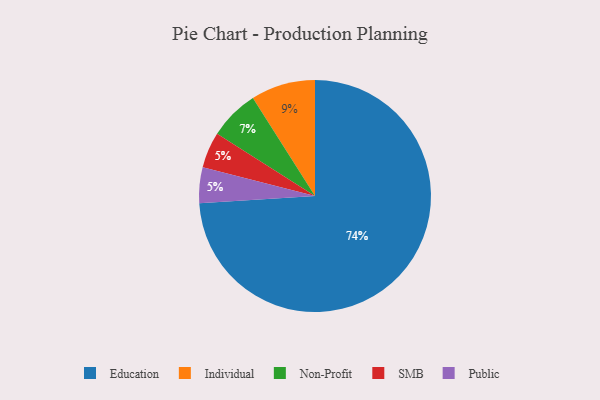
{"axis": {"x": "Category", "y": "Percentage"}, "legend": ["Education", "Individual", "Non-Profit", "Public", "SMB"], "data": [{"x": "Individual", "y": 9, "type": "Individual"}, {"x": "SMB", "y": 5, "type": "SMB"}, {"x": "Public", "y": 5, "type": "Public"}, {"x": "Education", "y": 74, "type": "Education"}, {"x": "Non-Profit", "y": 7, "type": "Non-Profit"}]}